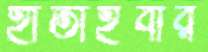
হাতাইবার